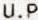
U.P